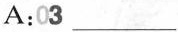
A:03 ___